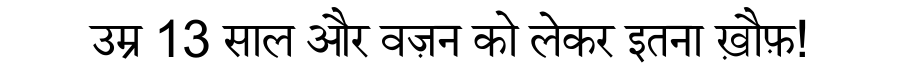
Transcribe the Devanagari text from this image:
उम्र 13 साल और वज़न को लेकर इतना ख़ौफ़!